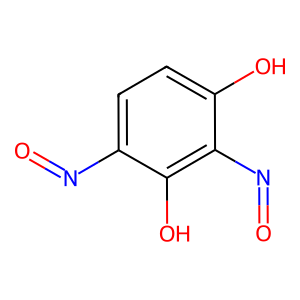
SMILES: O=Nc1ccc(O)c(N=O)c1O
Inhibits HIV replication: Yes